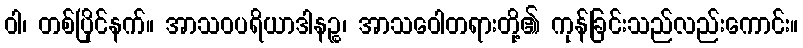
ဝါ၊ တစ်ပြိုင်နက်။ အာသဝပရိယာဒါနဉ္စ၊ အာသဝေါတရားတို့၏ ကုန်ခြင်းသည်လည်းကောင်း။